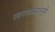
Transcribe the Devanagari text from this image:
पवनचक्‍क्‍यांमुळे